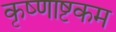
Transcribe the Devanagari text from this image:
कृष्णाष्टकम